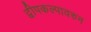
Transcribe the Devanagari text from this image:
द्वीपकल्पावरुन